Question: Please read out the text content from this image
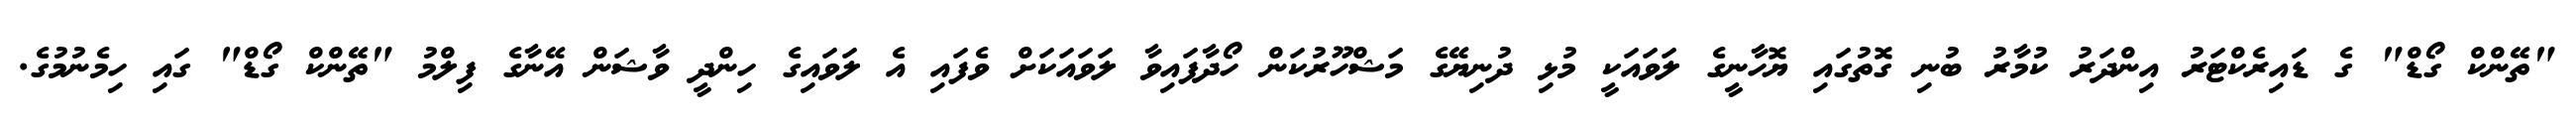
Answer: "ތޭންކް ގޯޑް" ގެ ޑައިރެކްޓަރު އިންދަރު ކުމާރު ބުނި ގޮތުގައި ޔޮހާނީގެ ލަވައަކީ މުޅި ދުނިޔޭގެ މަޝްހޫރުކަން ހޯދާފައިވާ ލަވައަކަށް ވެފައި އެ ލަވައިގެ ހިންދީ ވާޝަން އޭނާގެ ފިލްމު "ތޭންކް ގޯޑް" ގައި ހިމެނުމުގެ.